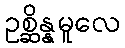
ဥစ္ဆိန္နမူလေ